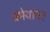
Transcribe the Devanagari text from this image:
प्रमेयांवर